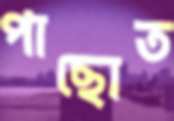
পাছোত